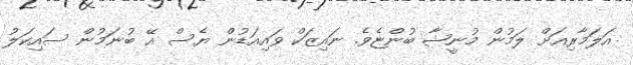
އަލަމާރިއަށް ލަމުން މުނީޝާ ބުންޏެވެ. ނައިޒަކް ވައިއަޑުން ޔެސް އޭ ބުނަމުން ސައިކަލު